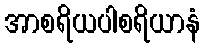
အာစရိယပါစရိယာနံ